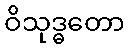
ဝိသုဒ္ဓတော